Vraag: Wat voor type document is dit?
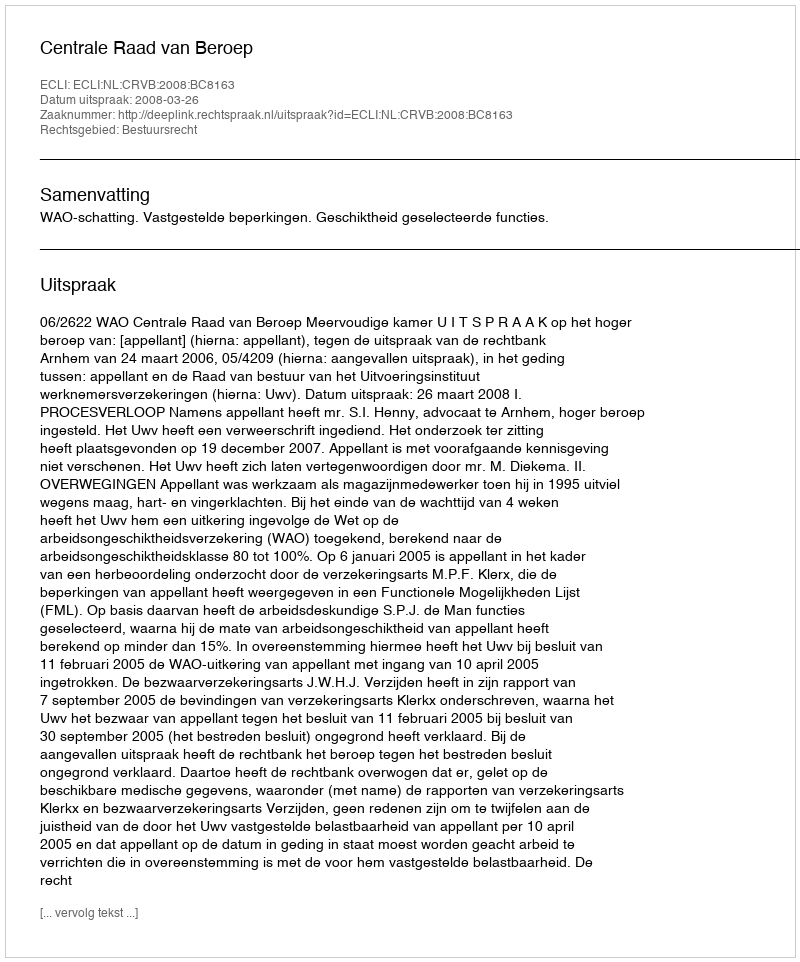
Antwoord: Uitspraak